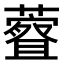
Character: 𫊀